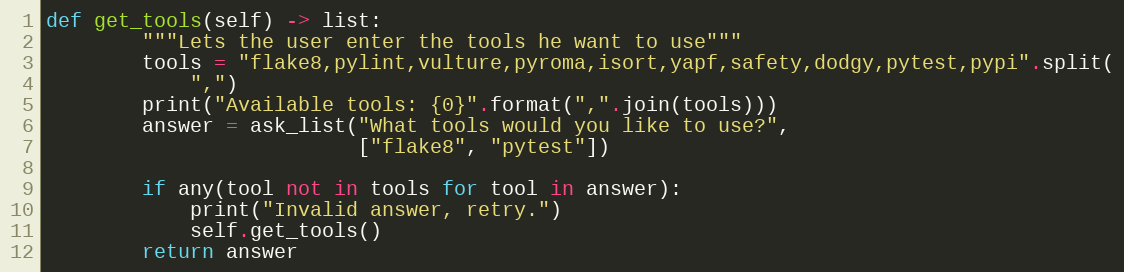
Language: Python
def get_tools(self) -> list:
        """Lets the user enter the tools he want to use"""
        tools = "flake8,pylint,vulture,pyroma,isort,yapf,safety,dodgy,pytest,pypi".split(
            ",")
        print("Available tools: {0}".format(",".join(tools)))
        answer = ask_list("What tools would you like to use?",
                          ["flake8", "pytest"])

        if any(tool not in tools for tool in answer):
            print("Invalid answer, retry.")
            self.get_tools()
        return answer